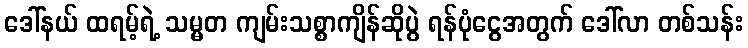
ဒေါ်နယ် ထရမ့်ရဲ့ သမ္မတ ကျမ်းသစ္စာကျိန်ဆိုပွဲ ရန်ပုံငွေအတွက် ဒေါ်လာ တစ်သန်း